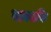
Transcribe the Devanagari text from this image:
वाक्शकि